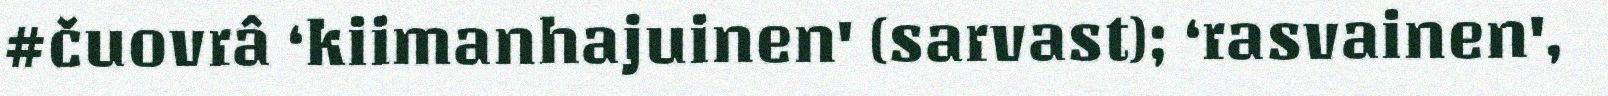
#čuovrâ ‘kiimanhajuinen' (sarvast); ‘rasvainen',